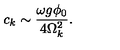
c _ { k } \sim \frac { \omega g \phi _ { 0 } } { 4 \Omega _ { k } ^ { 2 } } .